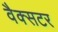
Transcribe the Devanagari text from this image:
वैक्सटर